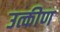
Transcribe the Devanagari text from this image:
उत्कीण